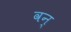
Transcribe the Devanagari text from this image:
वन्